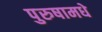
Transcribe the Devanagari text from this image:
पुरुषामधे